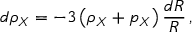
d \rho _ { X } = - 3 \left( \rho _ { X } + p _ { X } \right) \frac { d R } { R } \, ,